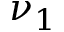
\nu _ { 1 }